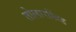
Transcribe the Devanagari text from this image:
तोलारखिंड